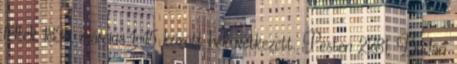
féltek 1838. március 1-15 között bekövetkezett. Pesten 2281, Budán